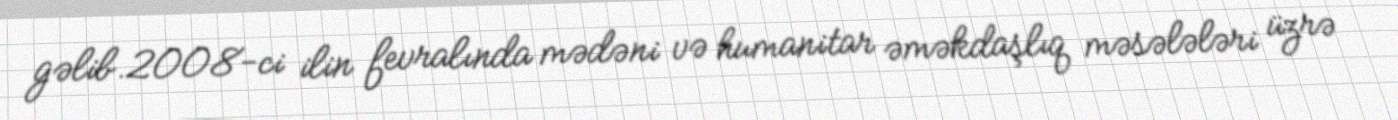
gəlib.2008-ci ilin fevralında mədəni və humanitar əməkdaşlıq məsələləri üzrə